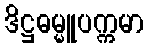
ဒိဋ္ဌဓမ္မူပက္ကမာ